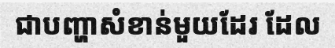
ជាបញ្ហាសំខាន់មួយដែរ ដែល